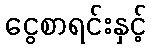
ငွေစာရင်းနှင့်